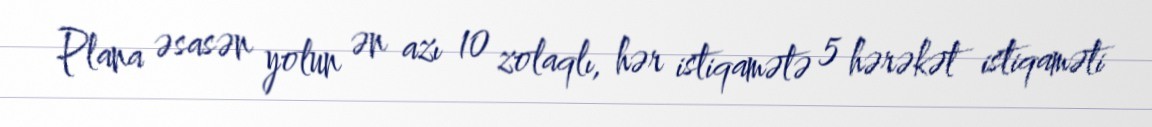
Plana əsasən yolun ən azı 10 zolaqlı, hər istiqamətə 5 hərəkət istiqaməti